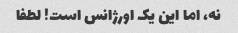
نه، اما این یک اورژانس است! لطفا